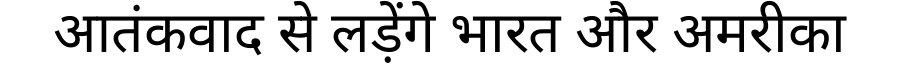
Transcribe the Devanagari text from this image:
आतंकवाद से लड़ेंगे भारत और अमरीका